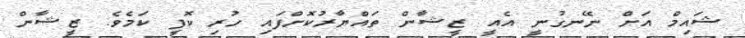
ޝައިމް އަށް ނޭނގުނީ އެއީ ޒީޝާން ތައްޔާރުކޮށްފައި ހުރި ކޮފީ ކަމެވެ. ޒީޝާން